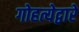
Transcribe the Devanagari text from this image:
गोहत्येद्वारे